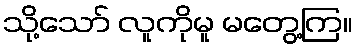
သို့သော် လူကိုမူ မတွေ့ကြ။